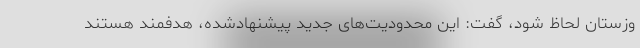
وزستان لحاظ شود، گفت: این محدودیت‌های جدید پیشنهادشده، هدفمند هستند